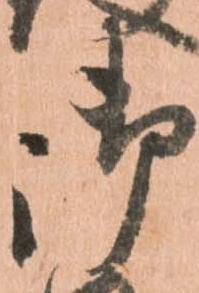
御